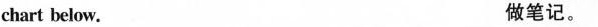
chart below. 做笔记.